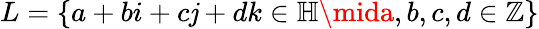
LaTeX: L=\left\{ a+bi+c\mathit{j}+dk\in\mathbb{{H}}\mida,b,c,d\in\mathbb{{Z}}\right\}